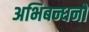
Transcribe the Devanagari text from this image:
अभिबन्धनों